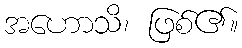
အဟောသိ၊ ဖြစ်၏။